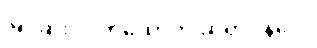
မြင့်ဆုံး လက်ထောက် ဆရာဝန်ပေ။